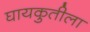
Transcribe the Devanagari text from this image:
घायकुतीला